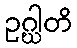
ဥဂ္ဃါတိ